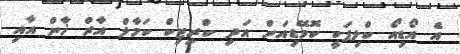
އެ އޯޑިއޯ ކްލިޕަކީ ކޮމޭޑިއަން އަދި ކްރިޓިކް ކަމާލް އާރް ޚާން އާއި